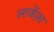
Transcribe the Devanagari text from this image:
लावेंज़ा